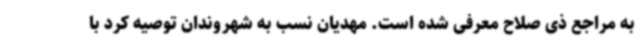
به مراجع ذی صلاح معرفی شده است. مهدیان نسب به شهروندان توصیه کرد با